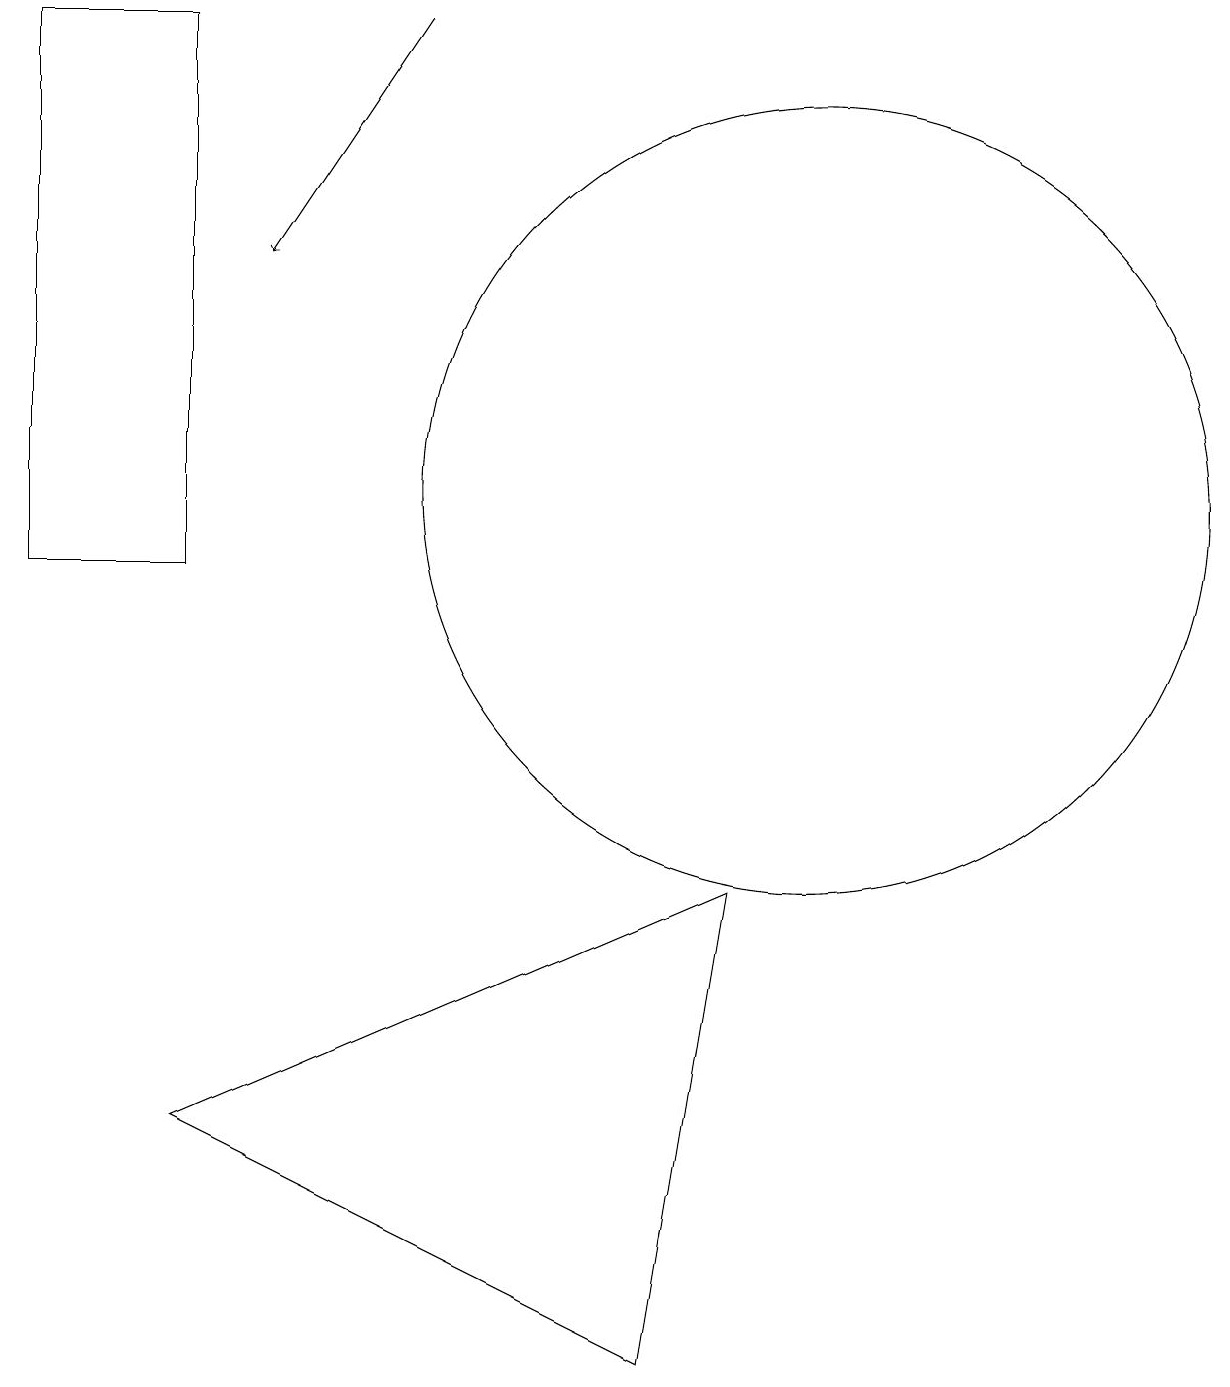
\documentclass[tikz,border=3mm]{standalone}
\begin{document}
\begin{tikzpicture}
\draw (10,11) circle (5);
\draw (2,3) -- (8,0) -- (9,6) -- cycle;
\draw[->] (5,17) -- (3,14);
\draw (0,17) rectangle (2,10);
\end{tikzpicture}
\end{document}